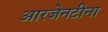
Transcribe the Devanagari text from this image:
आरजेनटीना